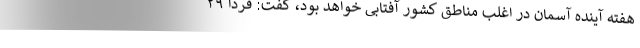
هفته آینده آسمان در اغلب مناطق کشور آفتابی خواهد بود، گفت: فردا ۲۹